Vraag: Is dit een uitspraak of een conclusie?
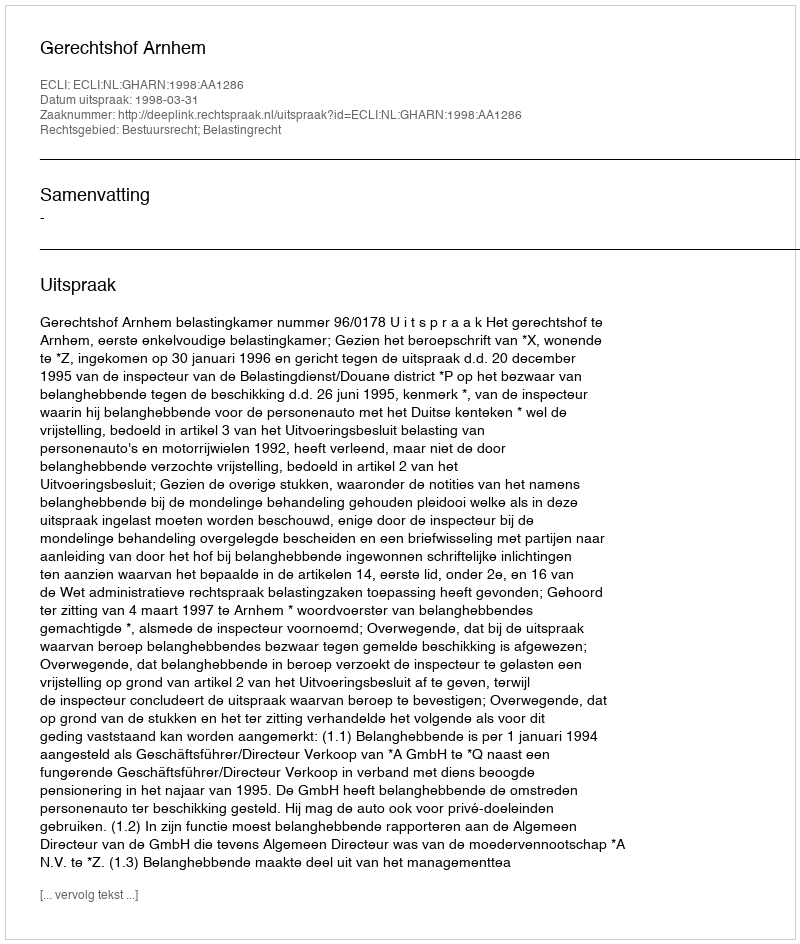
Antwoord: Uitspraak